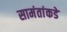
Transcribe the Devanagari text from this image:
सामंतांकडे